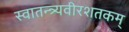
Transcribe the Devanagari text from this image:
स्वातन्त्र्यवीरशतकम्